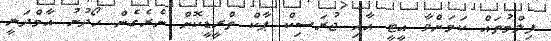
ފިލްމުތައް ކަމަށްވާ އީޓީ އާއި ޖުރަސިކް ޕާކް ތްރީޑީކޮށް ނެރެގެން ހޯދުނު އާމްދަނީ